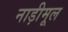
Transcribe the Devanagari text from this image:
नाड़ीमूल